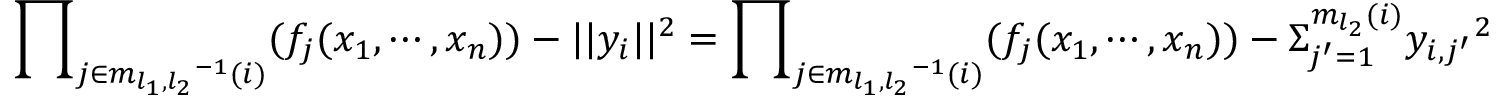
{ \prod } _ { j \in { m _ { l _ { 1 } , l _ { 2 } } } ^ { - 1 } ( i ) } ( f _ { j } ( x _ { 1 } , \cdots , x _ { n } ) ) - | | y _ { i } | | ^ { 2 } = { \prod } _ { j \in { m _ { l _ { 1 } , l _ { 2 } } } ^ { - 1 } ( i ) } ( f _ { j } ( x _ { 1 } , \cdots , x _ { n } ) ) - { \Sigma } _ { j ^ { \prime } = 1 } ^ { m _ { l _ { 2 } } ( i ) } { y _ { i , j ^ { \prime } } } ^ { 2 }